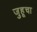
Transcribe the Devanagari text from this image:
जुहूचा